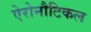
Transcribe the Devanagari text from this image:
ऐरोनौटिकल